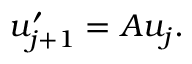
u _ { j + 1 } ^ { \prime } = A u _ { j } .